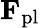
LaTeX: \mathbf{F}_{\mathrm{pl}}